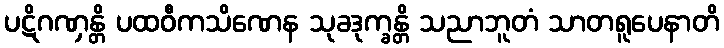
ပဋိဂဏှန္တိ ပထဝီကသိဏေန သုခဒုက္ခန္တိ သညာဘူတံ သာတရူပေနာတိ